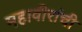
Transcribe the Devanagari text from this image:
महावीरांची